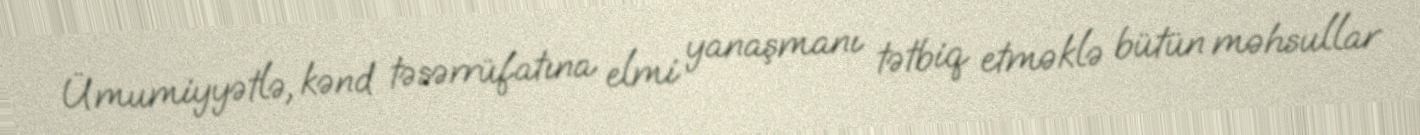
Ümumiyyətlə, kənd təsərrüfatına elmi yanaşmanı tətbiq etməklə bütün məhsullar